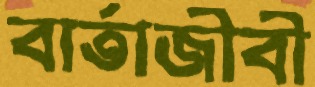
বার্তাজীবী